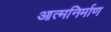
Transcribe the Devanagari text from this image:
आत्मनिर्माण